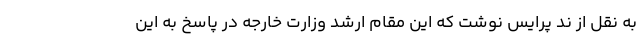
به نقل از ند پرایس نوشت که این مقام ارشد وزارت خارجه در پاسخ به این